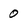
Character: 0